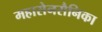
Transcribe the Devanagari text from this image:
महासेनसैनिका